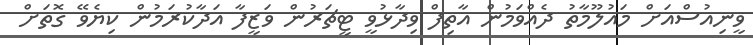
ވީނިއުސްއަށް މައުލޫމާތު ދެއްވަމުން އާތިފް ވިދާޅުވީ ޓީޗަރުން ވަޒީފާ އަދާކުރަމުން ކިޔެވޭ ގޮތަަށް